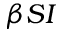
\beta S I